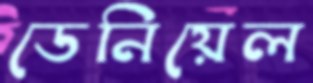
ডেনিয়েল